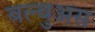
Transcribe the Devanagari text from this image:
बल्बुअस